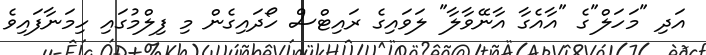
އަދި "މަހަލް"ގެ "އާއެގާ އާނޭވާލާ" ލަވައިގެ ރައިޓްސް ހޯދައިގެން މި ފިލްމުގައި ހިމަނާފައިވެ